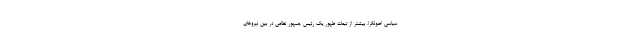
سیاسی اصولگرا، بیشتر از تبعات ظهور یک رئیس جمهور نظامی در بین نیروهای